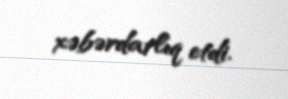
xəbərdarlıq etdi.